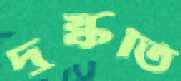
দুষ্কৃতি